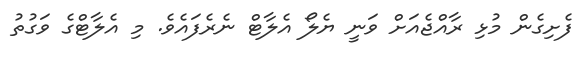
ފެށިގެން މުޅި ރާއްޖެއަށް ވަނީ ޔެލޯ އެލާޓް ނެރެފައެވެ. މި އެލާޓްގެ ވަގުތު